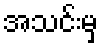
အသင်းမှ